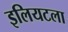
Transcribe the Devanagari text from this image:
इलियटला